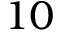
1 0